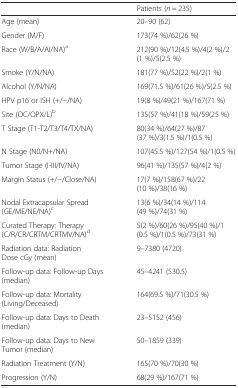
<table><thead><tr><td></td><td><b>Patients (<i>n</i> = 235)</b></td></tr></thead><tbody><tr><td>Age (mean)</td><td>20–90 (62)</td></tr><tr><td>Gender (M/F)</td><td>173(74 %)/62(26 %)</td></tr><tr><td>Race (W/B/A/AI/NA)<sup>a</sup></td><td>212(90 %)/12(4.5 %)/4(2 %)/2(1 %)/5(2.5 %)</td></tr><tr><td>Smoke (Y/N/NA)</td><td>181(77 %)/52(22 %)/2(1 %)</td></tr><tr><td>Alcohol (Y/N/NA)</td><td>169(71.5 %)/61(26 %)/5(2.5 %)</td></tr><tr><td>HPV p16 or ISH (+/−/NA)</td><td>19(8 %)/49(21 %)/167(71 %)</td></tr><tr><td>Site (OC/OPX/L)<sup>b</sup></td><td>135(57 %)/41(18 %)/59(25 %)</td></tr><tr><td>T Stage (T1-T2/T3/T4/TX/NA)</td><td>80(34 %)/64(27 %)/87(37 %)/3(1.5 %)/1(0.5 %)</td></tr><tr><td>N Stage (N0/N+/NA)</td><td>107(45.5 %)/127(54 %)/1(0.5 %)</td></tr><tr><td>Tumor Stage (I-III/IV/NA)</td><td>96(41 %)/135(57 %)/4(2 %)</td></tr><tr><td>Margin Status (+/−/Close/NA)</td><td>17(7 %)/158(67 %)/22(10 %)/38(16 %)</td></tr><tr><td>Nodal Extracapsular Spread (GE/ME/NE/NA)<sup>c</sup></td><td>13(6 %)/34(14 %)/114(49 %)/74(31 %)</td></tr><tr><td>Curated Therapy: Therapy (C/R/CR/CRTM/CRTMV/NA)<sup>d</sup></td><td>5(2 %)/60(26 %)/95(40 %)/1(0.5 %)/1(0.5 %)/73(31 %)</td></tr><tr><td>Radiation data: Radiation Dose cGy (mean)</td><td>9–7380 (4720)</td></tr><tr><td>Follow-up data: Follow-up Days (median)</td><td>45–4241 (530.5)</td></tr><tr><td>Follow-up data: Mortality (Living/Deceased)</td><td>164(69.5 %)/71(30.5 %)</td></tr><tr><td>Follow-up data: Days to Death (median)</td><td>23–5152 (456)</td></tr><tr><td>Follow-up data: Days to New Tumor (median)</td><td>50–1859 (339)</td></tr><tr><td>Radiation Treatment (Y/N)</td><td>165(70 %)/70(30 %)</td></tr><tr><td>Progression (Y/N)</td><td>68(29 %)/167(71 %)</td></tr></tbody></table>